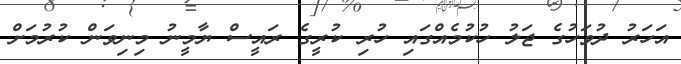
އަހަރު ދުވަހުގެ ޖަލު ހުކުމެއްގައި ހުރި ކުރީގެ ރައީސް ޔާމީނު މިނިވަން ކުރުމަށް